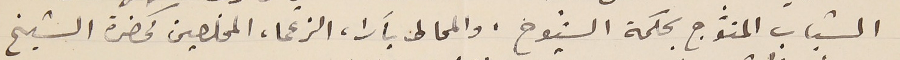
الشباب المتوّج بحكمة الشيوخ، والمحاط بآرا، الزعما، المخلصين كحضرة الشيخ